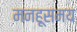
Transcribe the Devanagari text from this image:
मनहूसमय